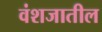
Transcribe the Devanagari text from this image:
वंशजातील